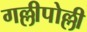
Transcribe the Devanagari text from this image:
गल्लीपोल्ली